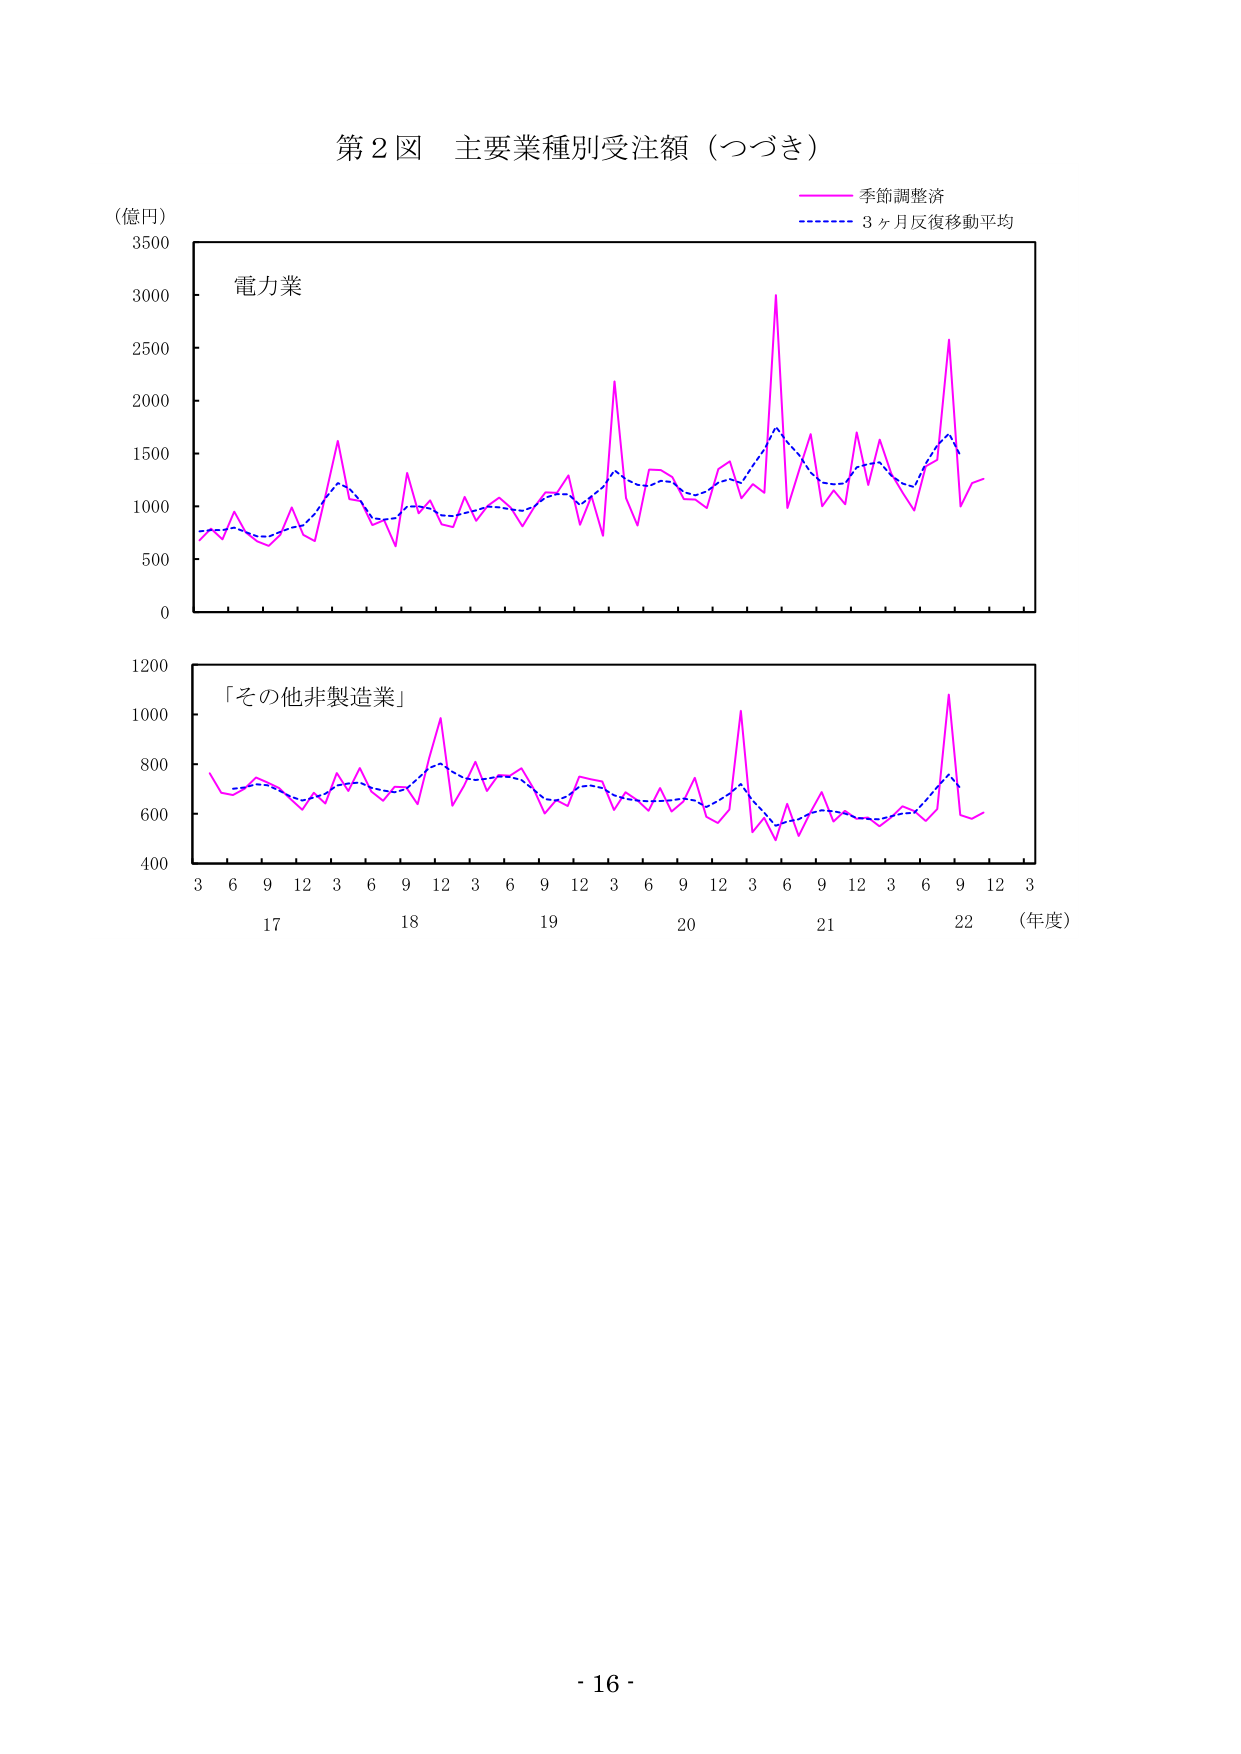
第２図 主要業種別受注額（つづき）

（億円）

電力業

季節調整済
3ヶ月反復移動平均

「その他非製造業」

3 6 9 12 3 6 9 12 3 6 9 12 3 6 9 12 3 6 9 12 3
17 18 19 20 21 22 （年度）

- 16 -